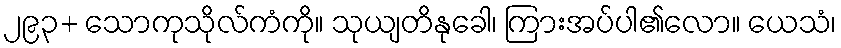
၂၉၃+ သောကုသိုလ်ကံကို။ သုယျတိနုခေါ၊ ကြားအပ်ပါ၏လော။ ယေသံ၊